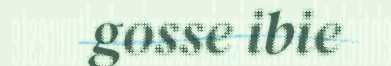
gosse ibie